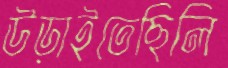
উড়াইতেছিলি